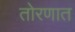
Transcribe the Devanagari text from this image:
तोरणात